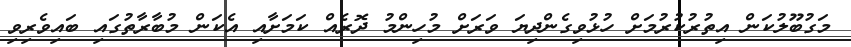
މަގުބޫލުކަން އިތުރުކުރުމަށް ހުޅުވިގެންދިޔަ ވަރަށް މުހިންމު ދޮރެއް ކަމަށާއި އެކަން މުބާރާތުގައި ބައިވެރިވި